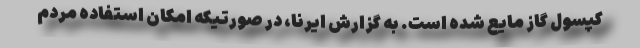
کپسول گاز مایع شده است. به گزارش ایرنا، در صورتیکه امکان استفاده مردم